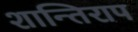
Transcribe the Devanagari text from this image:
शान्तिराप